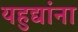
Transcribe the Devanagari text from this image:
यहुद्यांना